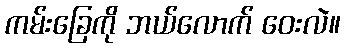
ကမ်းခြေကို ဘယ်လောက် ဝေးလဲ။